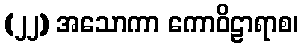
(၂၂) အသောကာ ကောဝိဠာရာစ၊